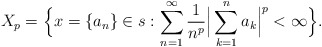
\begin{align*}{}X_p&= \Big\{x=\{a_n\}\in s: \displaystyle\sum_{n=1}^{\infty} \frac{1}{n^p}\Big|\sum_{k=1}^{n}a_k\Big|^p < \infty\Big\}.\end{align*}